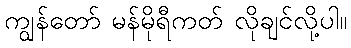
ကျွန်တော် မန်မိုရီကတ် လိုချင်လို့ပါ။